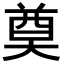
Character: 奠